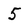
Character: 5